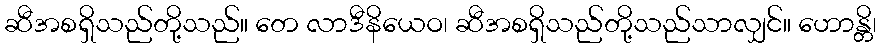
ဆီအစရှိသည်တို့သည်။ တေ လာဒီနိယေဝ၊ ဆီအစရှိသည်တို့သည်သာလျှင်။ ဟောန္တိ၊